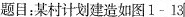
题目：某村计划建造如图1-13